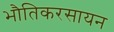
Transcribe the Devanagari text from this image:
भौतिकरसायन